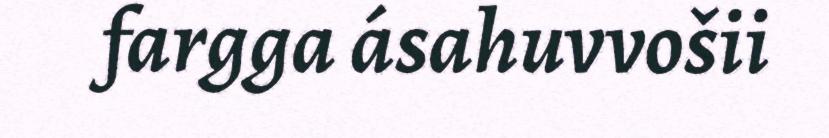
fargga ásahuvvošii